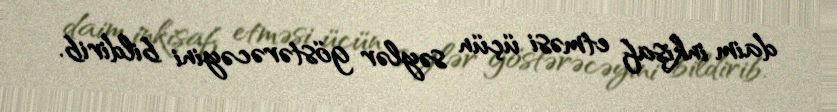
daim inkişaf etməsi üçün səylər göstərəcəyini bildirib.